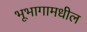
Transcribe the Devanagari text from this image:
भूभागामधील